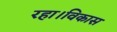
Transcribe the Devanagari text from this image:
रहा।विकास